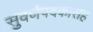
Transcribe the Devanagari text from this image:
सुवर्णपदकांसह